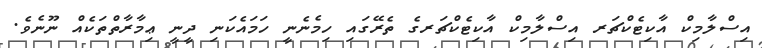
އިސްލާމިކް އާކިޓެކްޗަރ އިސްލާމިކް އާކިޓެކްޗަރގެ ތެރޭގައި ހިމެނެނީ ހަމައެކަނި ދީނީ ޢިމާރާތްތަކެއް ނޫނެވެ.